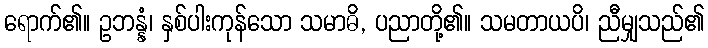
ရောက်၏။ ဥဘန္နံ၊ နှစ်ပါးကုန်သော သမာဓိ, ပညာတို့၏။ သမတာယပိ၊ ညီမျှသည်၏